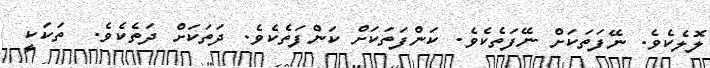
ލޮލެކެވެ. ނޭފަތަކަށް ނޭފަތެކެވެ. ކަންފަތަކަށް ކަންފަތެކެވެ. ދަތަކަށް ދަތެކެވެ.  ތަކަކީ